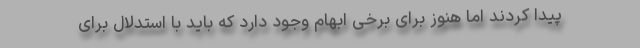
پیدا کردند اما هنوز برای برخی ابهام وجود دارد که باید با استدلال برای